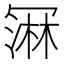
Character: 𰃲